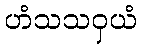
ဟံသသဝှယံ